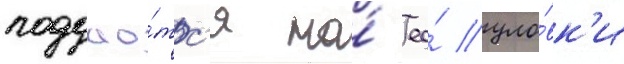
поддао́тс'я на́ ео́ уло́вк'и